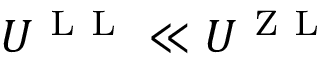
U ^ { \mathrm { ~ L ~ L ~ } } \ll U ^ { \mathrm { ~ Z ~ L ~ } }